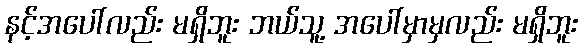
နင့်အပေါ်လည်း မရှိဘူး ဘယ်သူ့ အပေါ်မှာမှလည်း မရှိဘူး